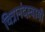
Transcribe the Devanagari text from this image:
चित्रानंदस्वामी